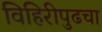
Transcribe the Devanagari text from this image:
विहिरीपुढचा